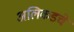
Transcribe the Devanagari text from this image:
अलिकडचे